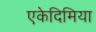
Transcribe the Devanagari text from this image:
एकेदिमिया